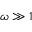
\omega \gg 1